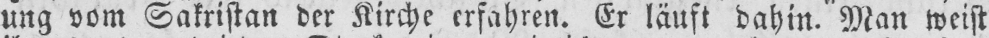
ung vom Sakristan der Kirche erfahren. Er läuft dahin. Man weist